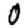
Digit: 0